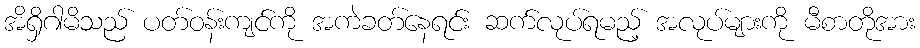
အိရှိဂါမိသည် ပတ်ဝန်းကျင်ကို အကဲခတ်နေရင်း ဆက်လုပ်ရမည့် အလုပ်များကို မီစာတိုအား